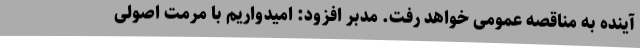
آینده به مناقصه عمومی خواهد رفت. مدبر افزود: امیدواریم با مرمت اصولی